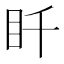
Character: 䀒